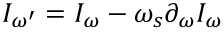
I _ { \omega ^ { \prime } } = I _ { \omega } - \omega _ { s } \partial _ { \omega } I _ { \omega }